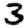
Digit: 3